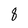
Character: 8